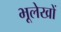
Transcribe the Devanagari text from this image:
भूलेखों